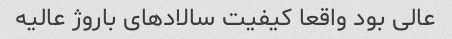
عالی بود واقعا کیفیت سالاد‌های باروژ عالیه